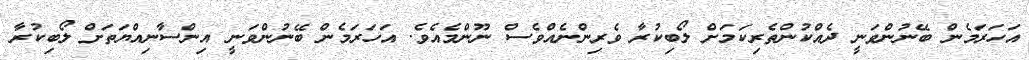
އަހަރަމެން ބޭނުންވަނީ ދެއްކުންތެރިކަމަށް ލޯބިކުރާ ވެރިންނެއްވެސް ނޫންމެއެވެ. އަހަރަމެން ބޭނުންވަނީ އިންސާނިއްޔަތަށް ލޯބިކުރާ